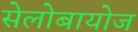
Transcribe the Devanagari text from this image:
सेलोबायोज